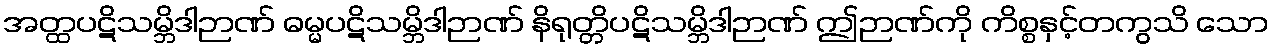
အတ္ထပဋိသမ္ဘိဒါဉာဏ် ဓမ္မပဋိသမ္ဘိဒါဉာဏ် နိရုတ္တိပဋိသမ္ဘိဒါဉာဏ် ဤဉာဏ်ကို ကိစ္စနှင့်တကွသိ သော